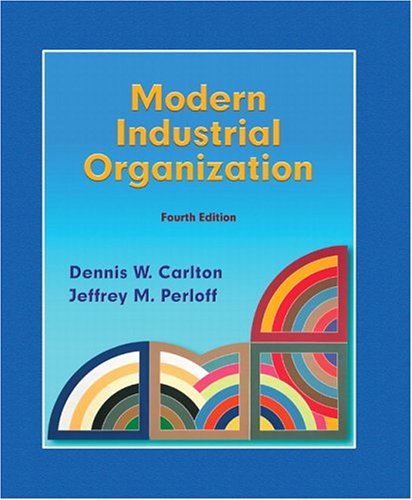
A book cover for Modern Industrial Organization (4th Edition); Dennis W. Carlton; Business & Money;